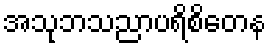
အသုဘသညာပရိစိတေန